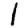
Digit: 1